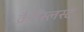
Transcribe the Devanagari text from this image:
क्रैग्स्लिस्ट